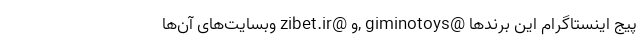
پیج اینستاگرام این برندها @giminotoys ,و @zibet.ir وبسایت‌های آن‌ها